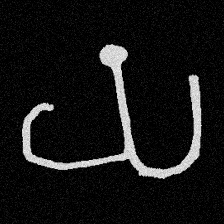
Pyu character \u2014 Myanmar letter: ယ (romanized: ya)